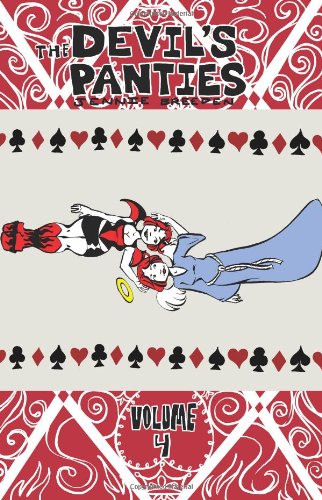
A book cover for The Devil's Panties, Vol. 4; Jennie Breeden; Comics & Graphic Novels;